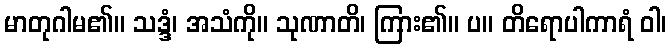
မာတုဂါမ၏။ သဒ္ဒံ၊ အသံကို။ သုဏာတိ၊ ကြား၏။ ပ။ တိရောပါကာရံ ဝါ၊